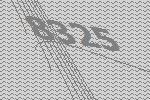
8325